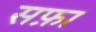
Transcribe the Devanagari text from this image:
सफ़ा